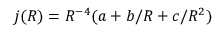
j ( R ) = R ^ { - 4 } ( a + b / R + c / R ^ { 2 } )